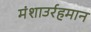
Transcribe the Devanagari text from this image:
मंशाउर्रहमान